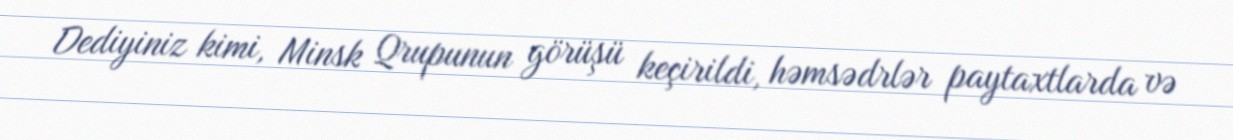
Dediyiniz kimi, Minsk Qrupunun görüşü keçirildi, həmsədrlər paytaxtlarda və